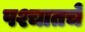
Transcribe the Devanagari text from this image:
पश्चातचे